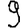
Digit: 9